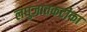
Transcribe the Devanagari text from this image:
लघुजातकटीका